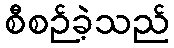
စီစဉ်ခဲ့သည်